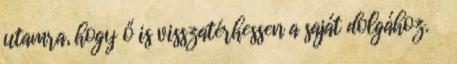
utamra, hogy ő is visszatérhessen a saját dolgához.